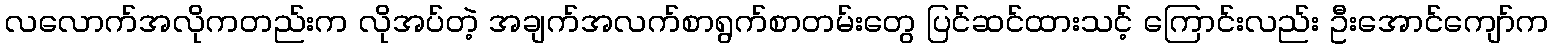
လလောက်အလိုကတည်းက လိုအပ်တဲ့ အချက်အလက်စာရွက်စာတမ်းတွေ ပြင်ဆင်ထားသင့် ကြောင်းလည်း ဦးအောင်ကျော်က